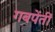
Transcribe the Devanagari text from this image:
गबपेंतीं